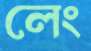
লেং